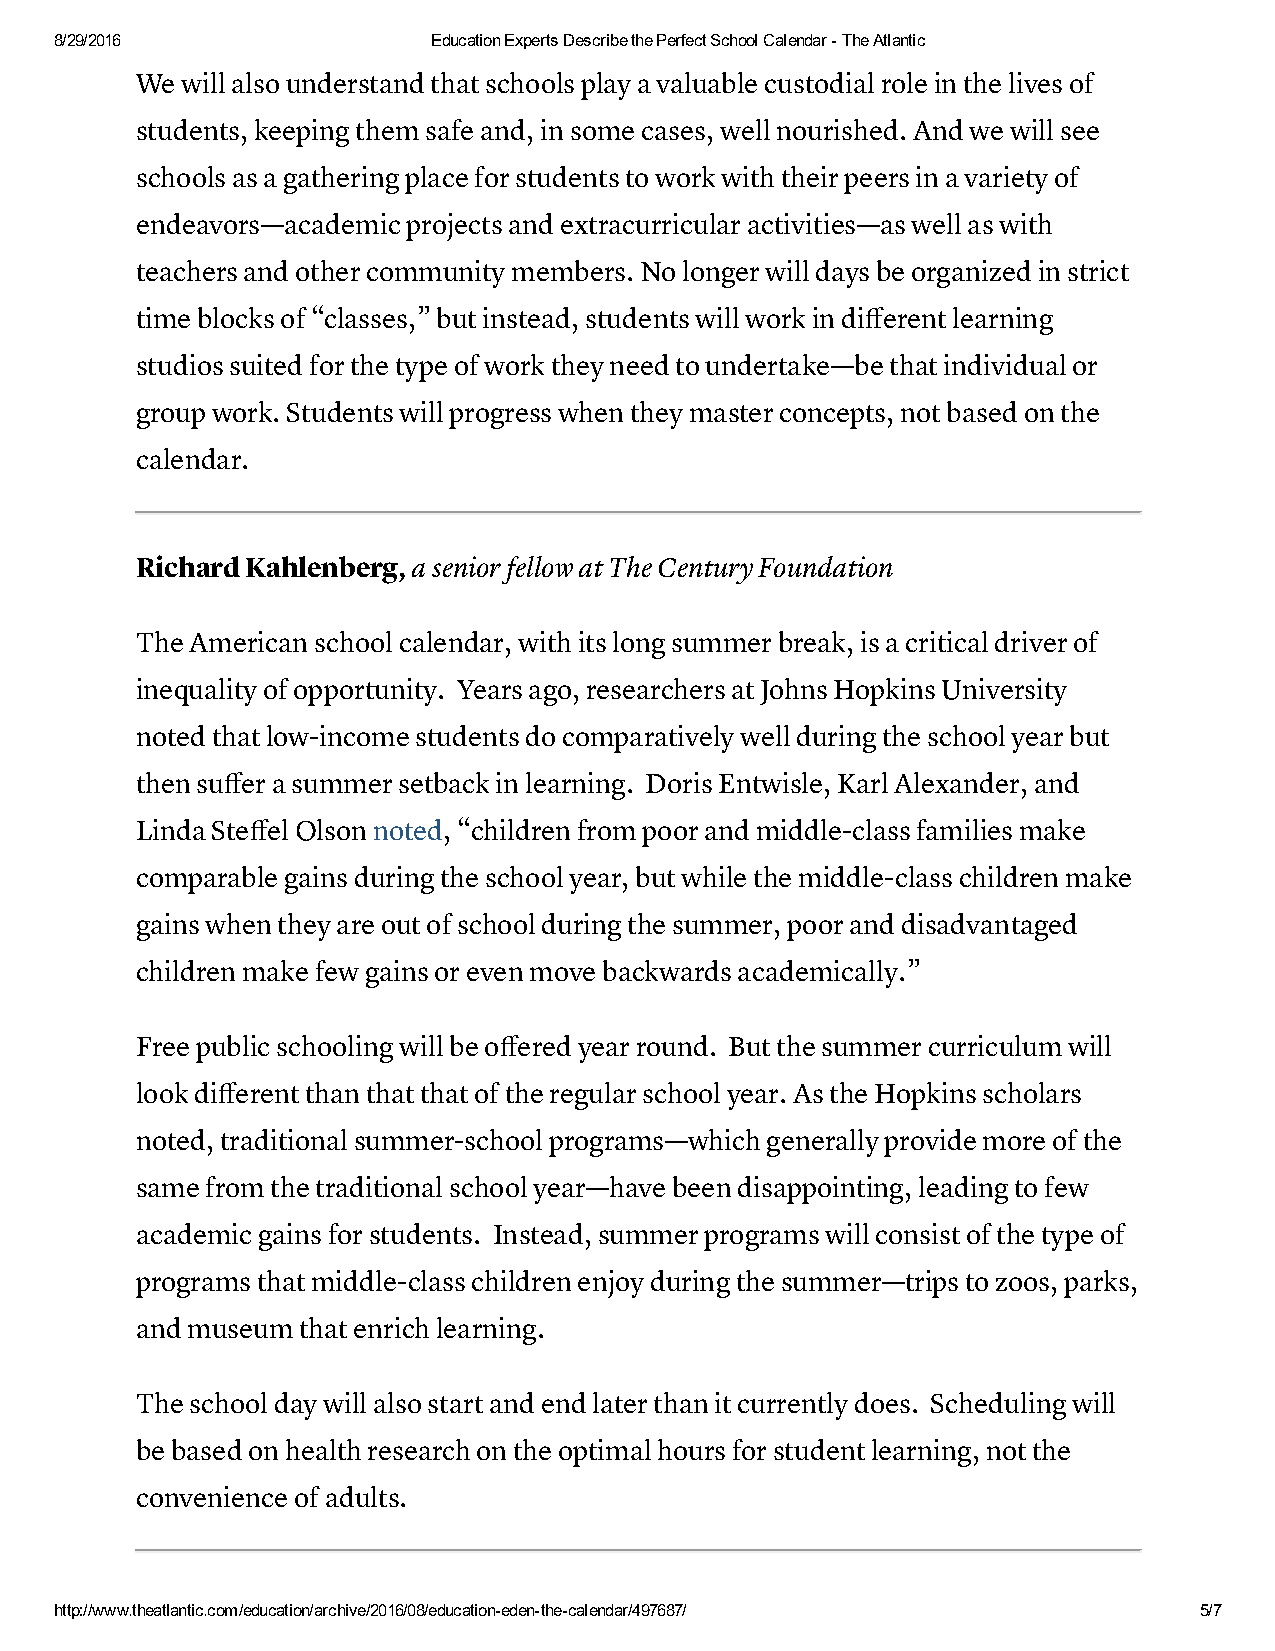
8/29/2016                Education Experts Describe the Perfect School Calendar ­ The Atlantic
 We will also understand that schools play a valuable custodial role in the lives of
 students, keeping them safe and, in some cases, well nourished. And we will see
 schools as a gathering place for students to work with their peers in a variety of
 endeavors—academic projects and extracurricular activities—as well as with
 teachers and other community members. No longer will days be organized in strict
 time blocks of “classes,” but instead, students will work in different learning
 studios suited for the type of work they need to undertake—be that individual or
 group work. Students will progress when they master concepts, not based on the
 calendar.
 Richard Kahlenberg, a senior fellow at The Century Foundation
 The American school calendar, with its long summer break, is a critical driver of
 inequality of opportunity. Years ago, researchers at Johns Hopkins University
 noted that low-income students do comparatively well during the school year but
 then suffer a summer setback in learning. Doris Entwisle, Karl Alexander, and
 Linda Steffel Olson noted, “children from poor and middle-class families make
 comparable gains during the school year, but while the middle-class children make
 gains when they are out of school during the summer, poor and disadvantaged
 children make few gains or even move backwards academically.”
 Free public schooling will be offered year round. But the summer curriculum will
 look different than that that of the regular school year. As the Hopkins scholars
 noted, traditional summer-school programs—which generally provide more of the
 same from the traditional school year—have been disappointing, leading to few
 academic gains for students. Instead, summer programs will consist of the type of
 programs that middle-class children enjoy during the summer—trips to zoos, parks,
 and museum that enrich learning.
 The school day will also start and end later than it currently does. Scheduling will
 be based on health research on the optimal hours for student learning, not the
 convenience of adults.
 http://www.theatlantic.com/education/archive/2016/08/education­eden­the­calendar/497687/ 5/7